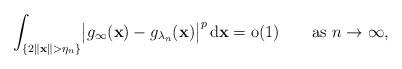
LaTeX: \begin{align*}\int_{\{2\|\mathbf{x}\|>{\eta}_{n}\}} \bigl|{g}_{\infty}(\mathbf{x})-g_{{\lambda}_{n}}(\mathbf{x}) \bigr|^p \,\mathrm{d}\mathbf{x} = \mathrm{o}(1)\qquad\mbox{as } n\to\infty,\end{align*}